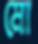
মো